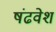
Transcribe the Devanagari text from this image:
षंढवेश